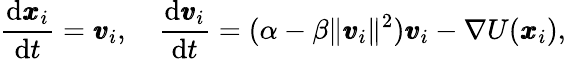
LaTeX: \frac{\mathrm{d}\pmb{x}_{i}}{\mathrm{d}t}=\pmb{v}_{i},\quad\frac{\mathrm{d}\pmb{v}_{i}}{\mathrm{d}t}=(\alpha-\beta\| \pmb{v}_{i}\| ^{2})\pmb{v}_{i}-\nabla U(\pmb{x}_{i}),